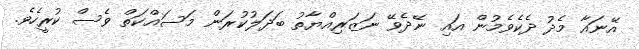
އޭނައާ މެދު ދެކެވެމުން އައި ނޭދެވޭ ނަޒަރިއްޔާތު ބަދަލުކުރަން މަސައްކަތް ވެސް ކުރީހެވެ.